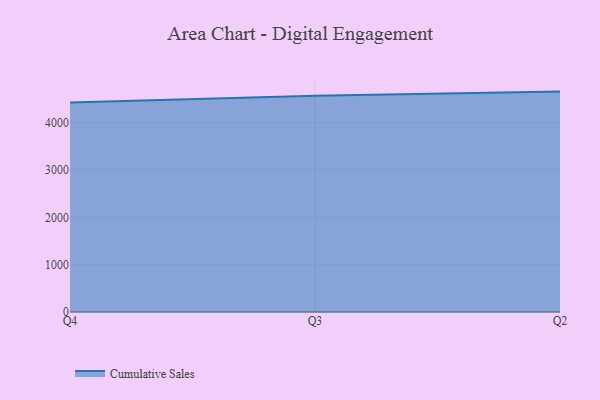
{"axis": {"x": "Quarter", "y": "Market Share (%)"}, "legend": ["Cumulative Sales"], "data": [{"x": "Q4", "y": 4430.5, "type": "Cumulative Sales"}, {"x": "Q3", "y": 4570.6, "type": "Cumulative Sales"}, {"x": "Q2", "y": 4658.6, "type": "Cumulative Sales"}]}